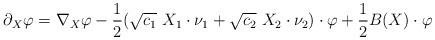
LaTeX: \begin{align*}\partial_X\varphi=\nabla_X \varphi-\frac{1}{2} (\sqrt{c_1}\ X_1 \cdot \nu_1 + \sqrt{c_2}\ X_2 \cdot \nu_2)\cdot\varphi + \frac{1}{2}B(X)\cdot \varphi\end{align*}